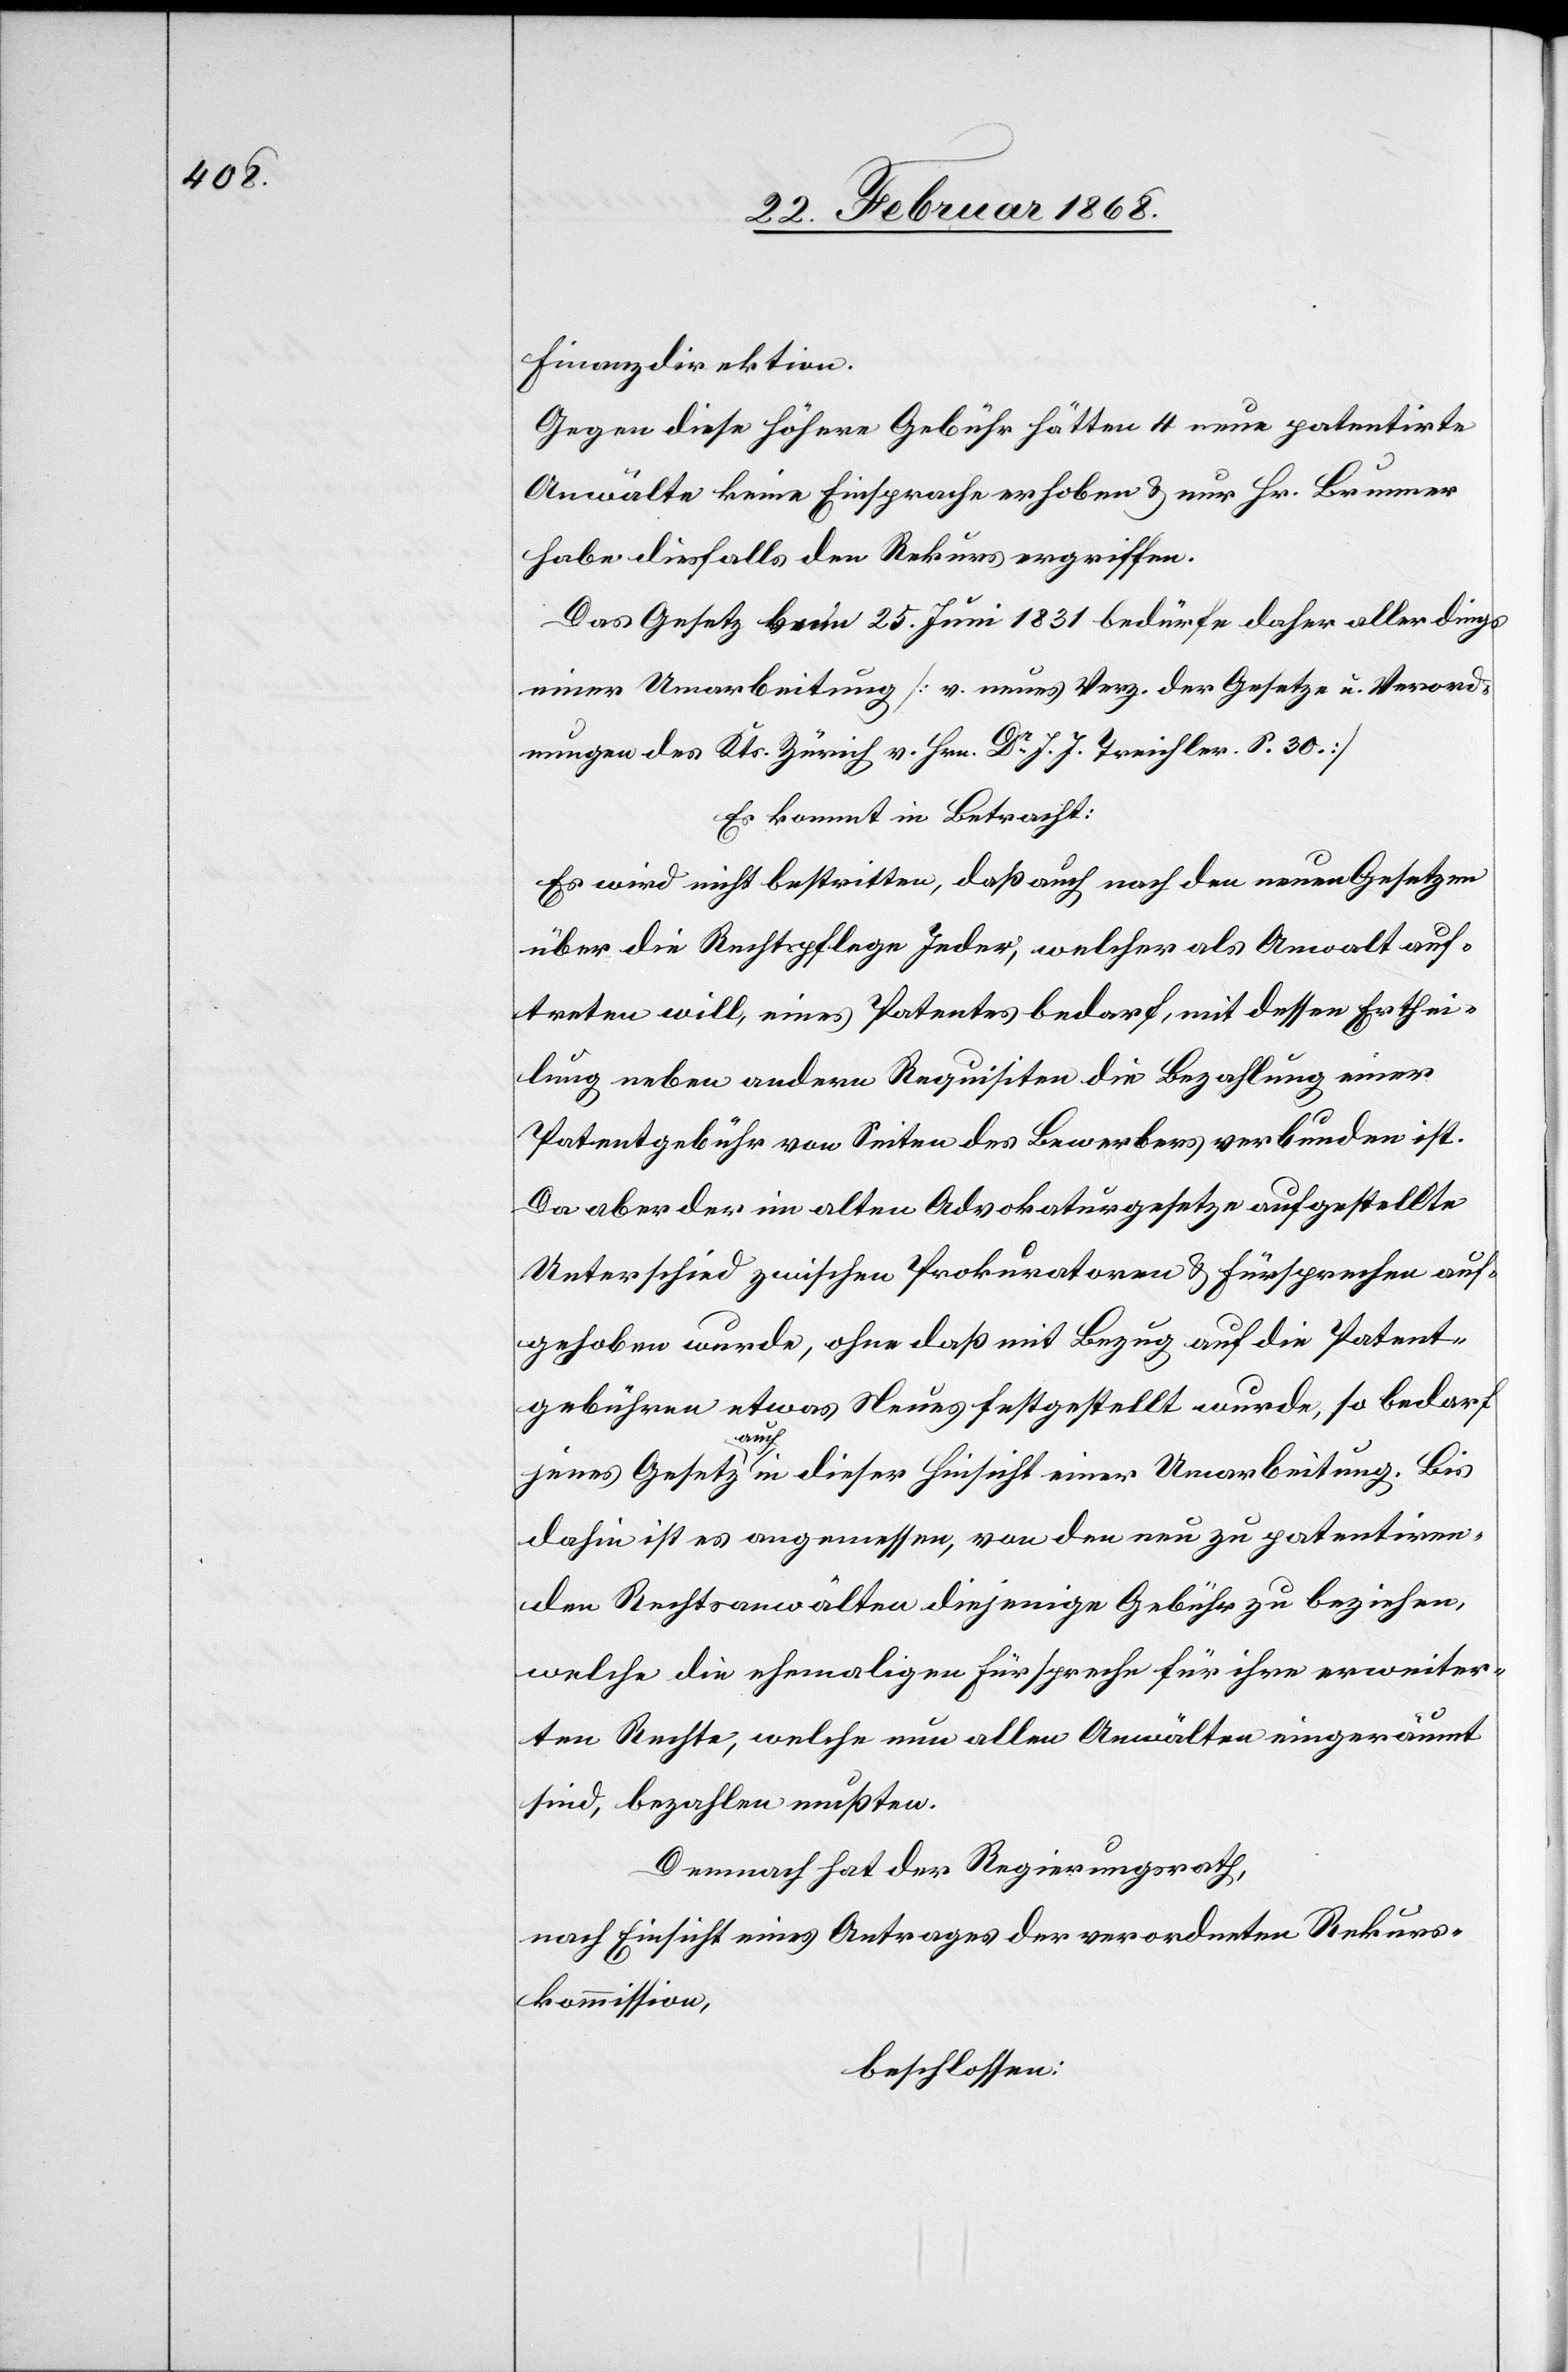
Finanzdirektion.
Gegen diese höhere Gebühr hätten 4 neue patentirte
Anwälte keine Einsprache erhoben & nur Hr. Brunner
habe diesfalls den Rekurs ergriffen.
Das Gesetz [?vom] 25. Juni 1831 bedürfe daher allerdings
einer Umarbeitung [v. neues Verz. der Gesetze u. Verord¬
nungen des Kts. Zürich v. Hrn. Dr. J. J. Treichler. S. 30.]
Es kommt in Betracht:
Es wird nicht bestritten, daß auch nach den neuen Gesetzen
über die Rechtspflege Jeder, welcher als Anwalt auf¬
treten will, eines Patentes bedarf, mit dessen Erthei¬
lung neben andern Requisiten die Bezahlung einer
Patentgebühr von Seiten des Bewerbers verbunden ist.
Da aber der im alten Advokaturgesetze aufgestellte
Unterschied zwischen Prokuratoren & Fürsprechen auf¬
gehoben wurde, ohne daß mit Bezug auf die Patent¬
gebühren etwas Neues festgestellt wurde, so bedarf
jenes Gesetz auch in dieser Hinsicht einer Umarbeitung. Bis
dahin ist es angemessen, von den neu zu patentiren¬
den Rechtsanwälten diejenige Gebühr zu beziehen,
welche die ehemaligen Fürspreche[n] für ihre erweiter¬
ten Rechte, welche nun allen Anwälten eingeräumt
sind, bezahlen mußten.
Demnach hat der Regierungsrath,
nach Einsicht eines Antrages der verordneten Rekurs¬
kommission,
beschlossen: